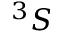
^ 3 S